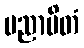
ပညာပိတံ